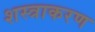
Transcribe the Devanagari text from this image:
शस्त्राकरण